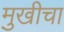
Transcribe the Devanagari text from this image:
मुखीचा